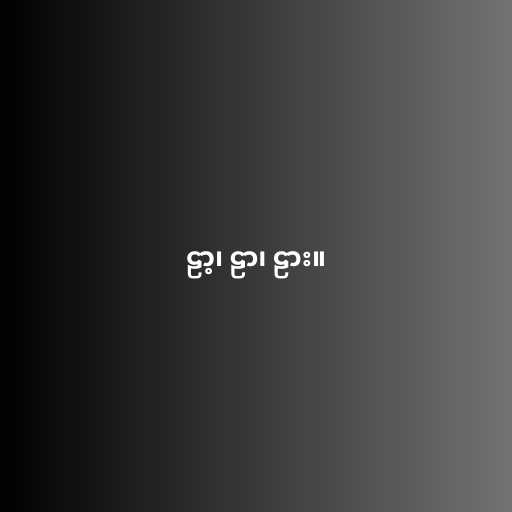
ဠာ့၊ ဠာ၊ ဠား။